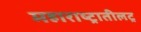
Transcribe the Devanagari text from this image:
महाराष्ट्रातीलट्र